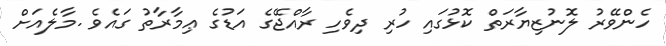
ހެންވޭރު ލޮނުޒިޔާރަތް ކޮޅުގައި ހުރި ދިވެހި ރާއްޖޭގެ އަޑުގެ ޢިމާރާތު ގައެވެ .މާލެއަށް